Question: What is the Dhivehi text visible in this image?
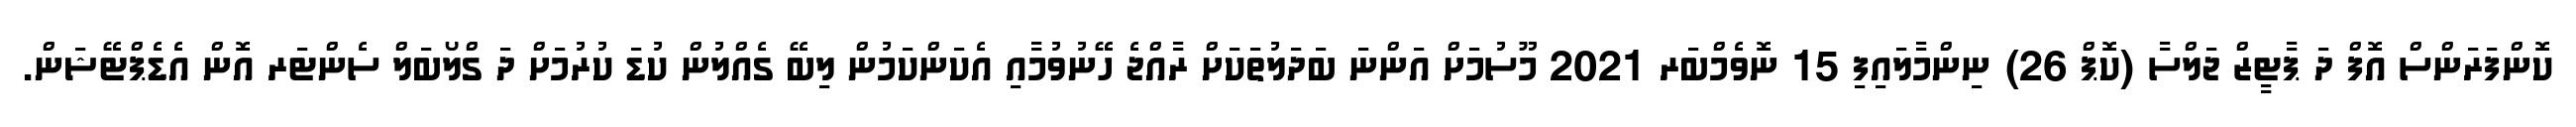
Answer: ކޮންފަރަންސް އޮފް ދަ ޕާޓީޒް ޖަލްސާ (ކޮޕް 26) ނިންމާލައިފި 15 ނޮވެމްބަރ 2021 މޫސުމަށް އަންނަ ބަދަލުތަކަށް ރާއްޖެ ހޭނުވުމާއި އެކަންކަމުން ލިބޭ ގެއްލުން ކުޑަ ކުރުމަށް ދަ ގްލޯބަލް ސެންޓަރ އޮން އެޑެޕްޓޭޝަން.